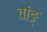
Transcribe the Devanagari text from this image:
वांङ्‌